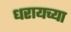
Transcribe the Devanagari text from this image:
धरायच्या